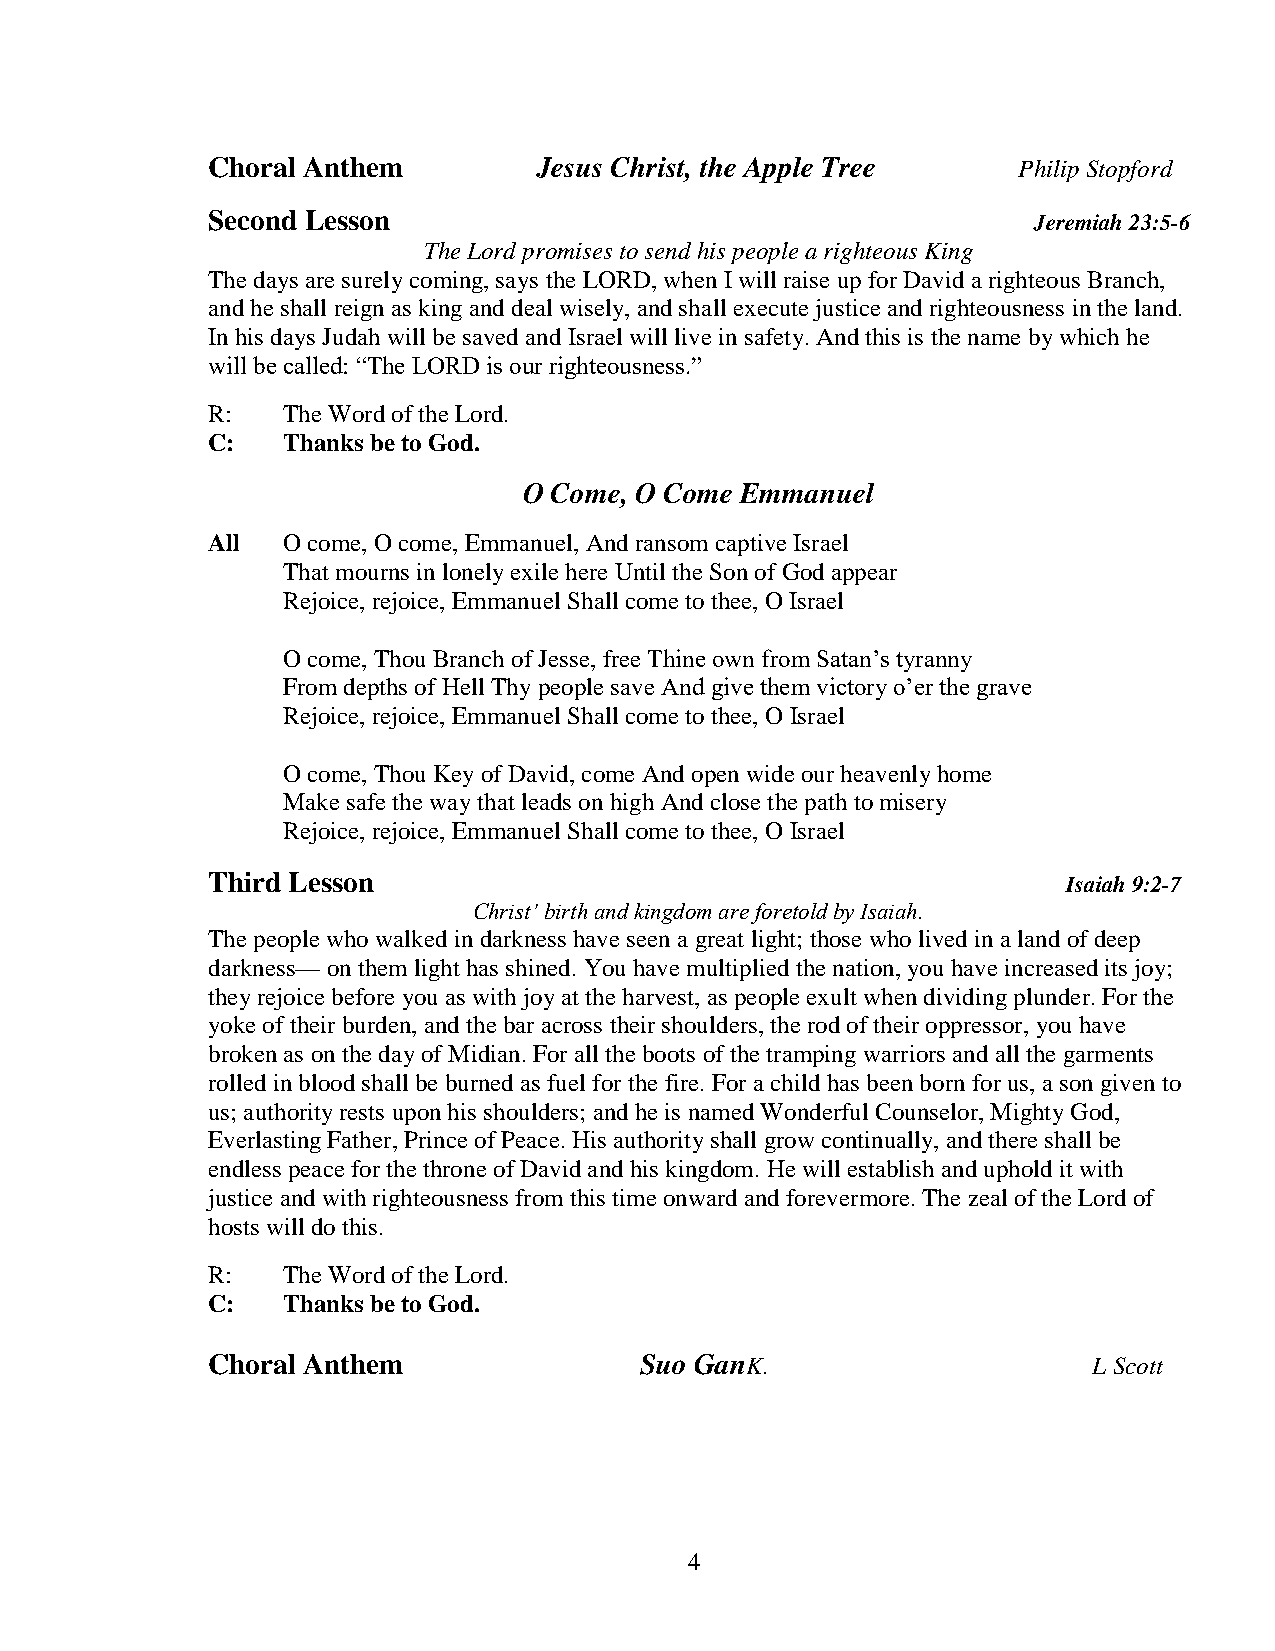
Choral Anthem         Jesus Christ, the Apple Tree   Philip Stopford
 Second Lesson                                         Jeremiah 23:5-6
 The Lord promises to send his people a righteous King
 The days are surely coming, says the LORD, when I will raise up for David a righteous Branch,
 and he shall reign as king and deal wisely, and shall execute justice and righteousness in the land.
 In his days Judah will be saved and Israel will live in safety. And this is the name by which he
 will be called: “The LORD is our righteousness.”
 R:   The Word of the Lord.
 C:   Thanks be to God.
 O Come, O Come Emmanuel
 All  O come, O come, Emmanuel, And ransom captive Israel
 That mourns in lonely exile here Until the Son of God appear
 Rejoice, rejoice, Emmanuel Shall come to thee, O Israel
 O come, Thou Branch of Jesse, free Thine own from Satan’s tyranny
 From depths of Hell Thy people save And give them victory o’er the grave
 Rejoice, rejoice, Emmanuel Shall come to thee, O Israel
 O come, Thou Key of David, come And open wide our heavenly home
 Make safe the way that leads on high And close the path to misery
 Rejoice, rejoice, Emmanuel Shall come to thee, O Israel
 Third Lesson                                             Isaiah 9:2-7
 Christ’ birth and kingdom are foretold by Isaiah.
 The people who walked in darkness have seen a great light; those who lived in a land of deep
 darkness— on them light has shined. You have multiplied the nation, you have increased its joy;
 they rejoice before you as with joy at the harvest, as people exult when dividing plunder. For the
 yoke of their burden, and the bar across their shoulders, the rod of their oppressor, you have
 broken as on the day of Midian. For all the boots of the tramping warriors and all the garments
 rolled in blood shall be burned as fuel for the fire. For a child has been born for us, a son given to
 us; authority rests upon his shoulders; and he is named Wonderful Counselor, Mighty God,
 Everlasting Father, Prince of Peace. His authority shall grow continually, and there shall be
 endless peace for the throne of David and his kingdom. He will establish and uphold it with
 justice and with righteousness from this time onward and forevermore. The zeal of the Lord of
 hosts will do this.
 R:   The Word of the Lord.
 C:   Thanks be to God.
 Choral Anthem               Suo GanK.                     L Scott
 4